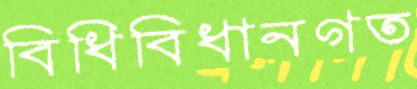
বিধিবিধানগত